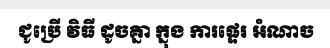
ជូប្រើ វិធី ដូចគ្នា ក្នុង ការផ្ទេរ អំណាច